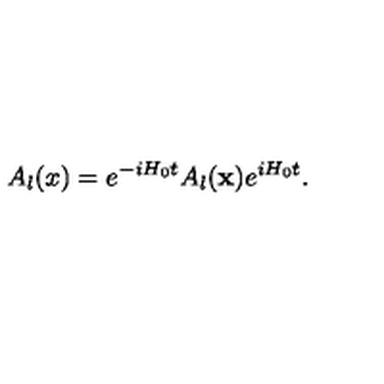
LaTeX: A _ { l } ( x ) = e ^ { - i H _ { 0 } t } A _ { l } ( { \bf x } ) e ^ { i H _ { 0 } t } .